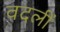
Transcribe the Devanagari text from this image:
वदलीं